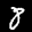
Label: 8